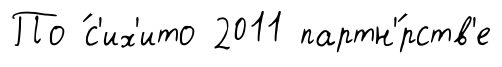
По ́с'их'ито 2011 партн'́рств'е